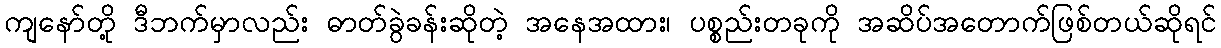
ကျနော်တို့ ဒီဘက်မှာလည်း ဓာတ်ခွဲခန်းဆိုတဲ့ အနေအထား၊ ပစ္စည်းတခုကို အဆိပ်အတောက်ဖြစ်တယ်ဆိုရင်